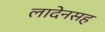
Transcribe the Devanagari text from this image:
लादेनसह